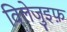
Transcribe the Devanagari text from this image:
विलेजुइफ़